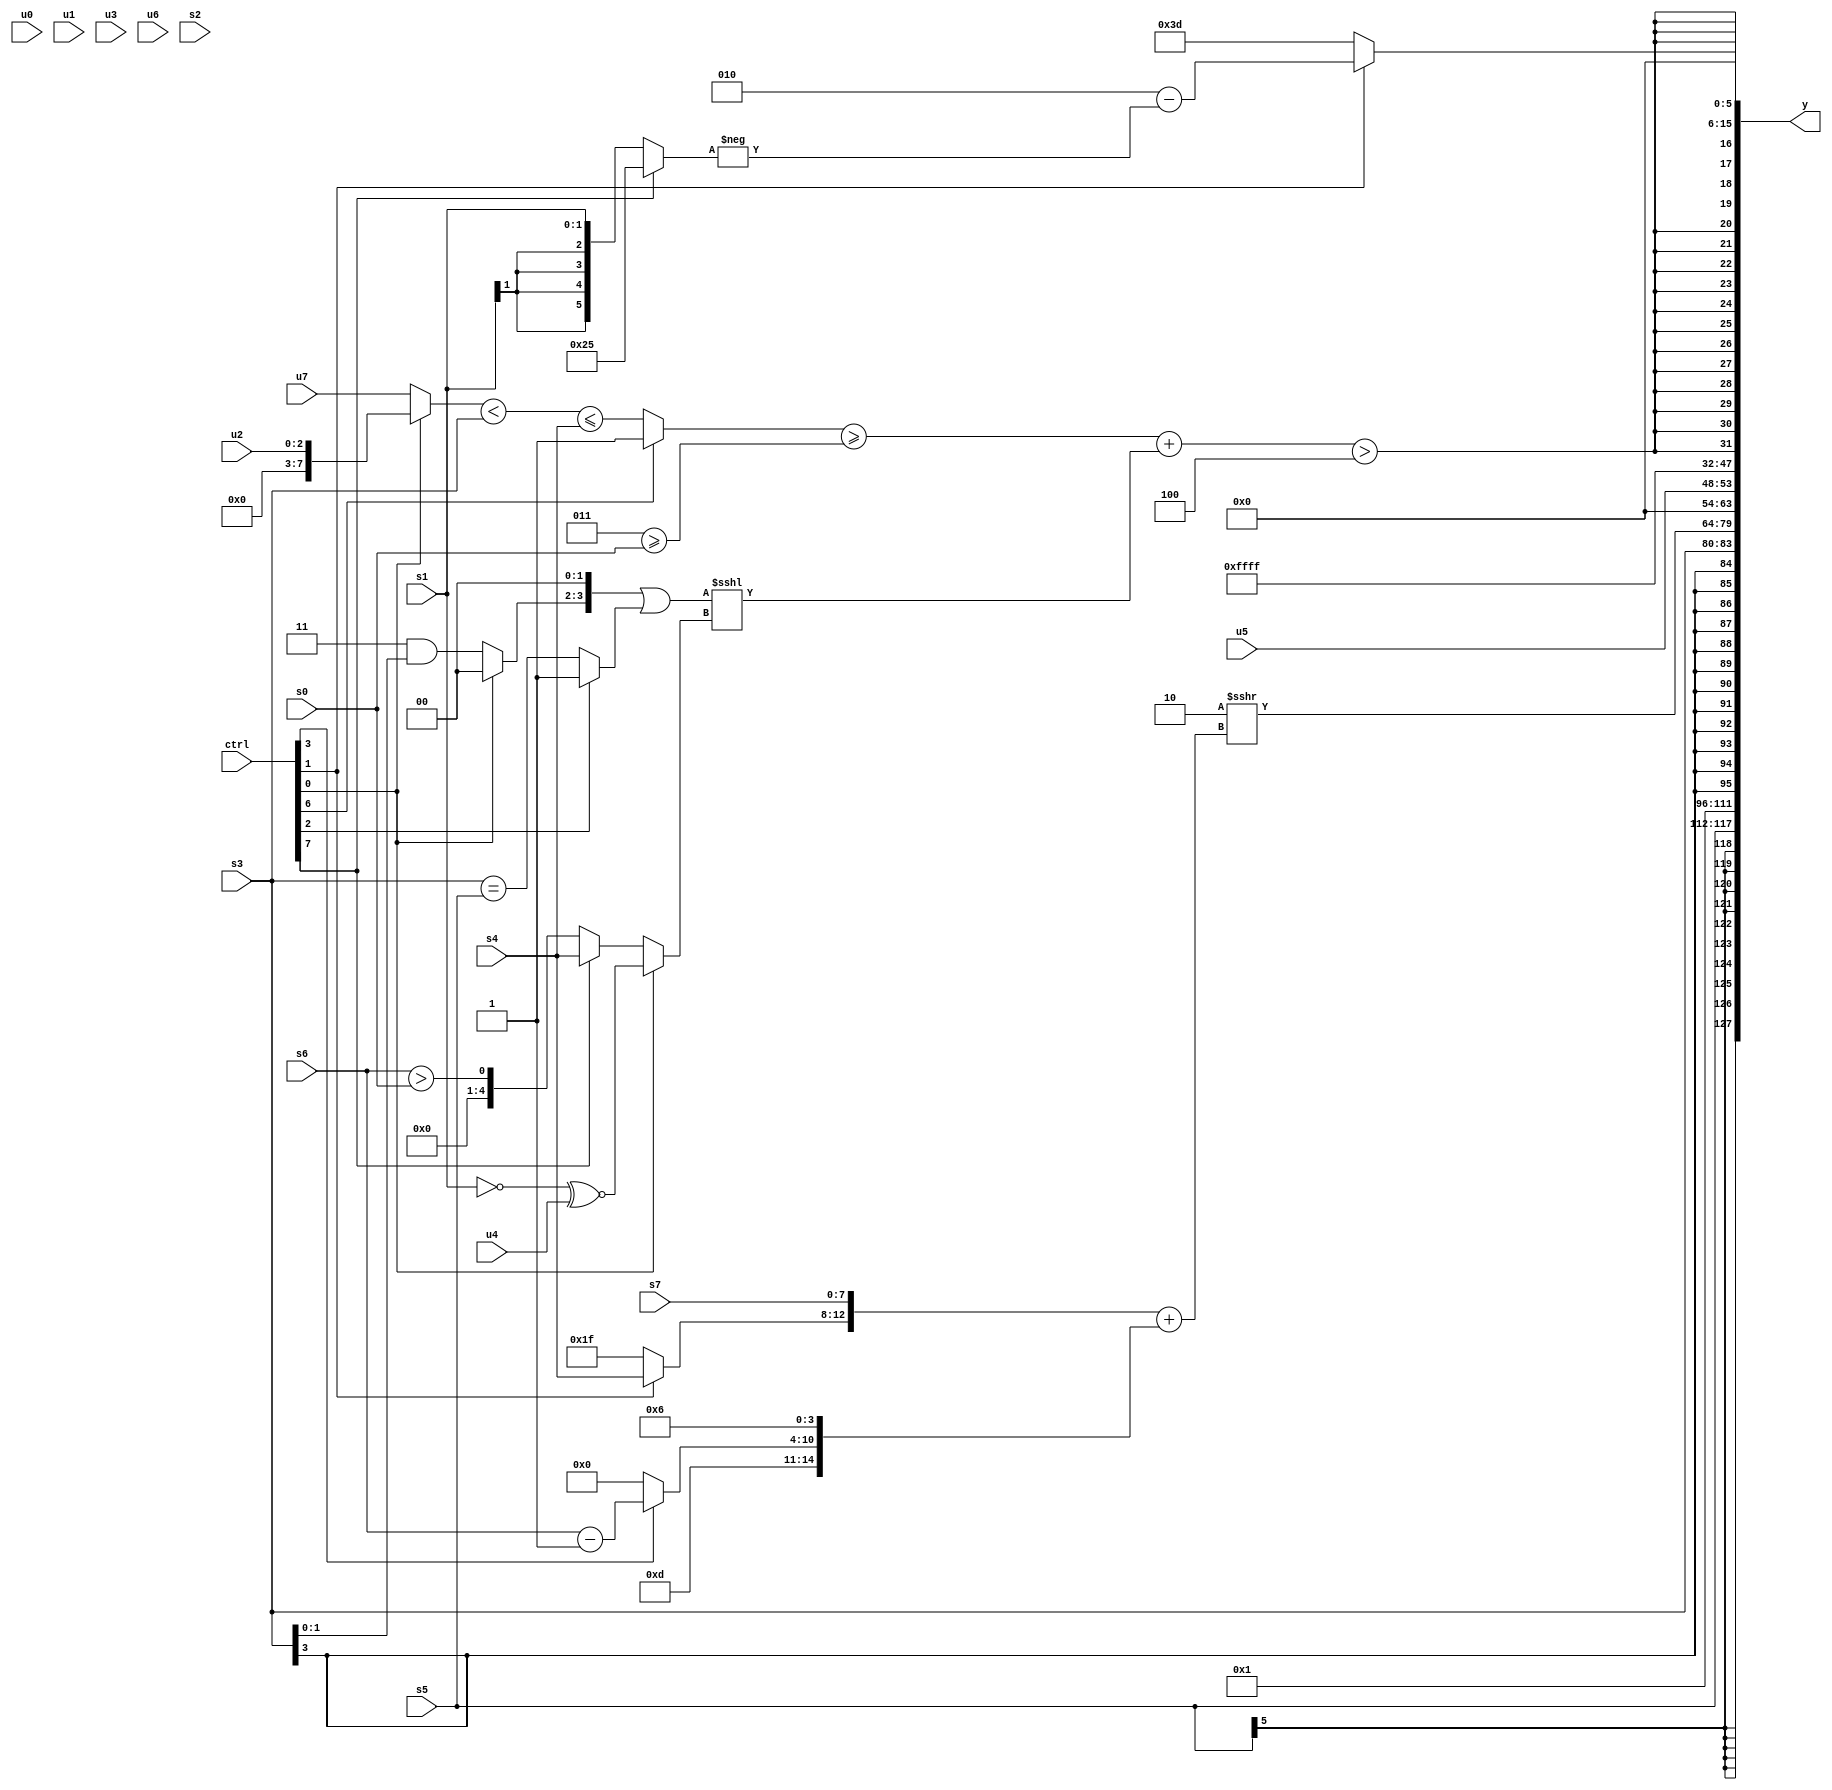
module wideexpr_00249(ctrl, u0, u1, u2, u3, u4, u5, u6, u7, s0, s1, s2, s3, s4, s5, s6, s7, y);
  input [7:0] ctrl;
  input [0:0] u0;
  input [1:0] u1;
  input [2:0] u2;
  input [3:0] u3;
  input [4:0] u4;
  input [5:0] u5;
  input [6:0] u6;
  input [7:0] u7;
  input signed [0:0] s0;
  input signed [1:0] s1;
  input signed [2:0] s2;
  input signed [3:0] s3;
  input signed [4:0] s4;
  input signed [5:0] s5;
  input signed [6:0] s6;
  input signed [7:0] s7;
  output [127:0] y;
  wire [15:0] y0;
  wire [15:0] y1;
  wire [15:0] y2;
  wire [15:0] y3;
  wire [15:0] y4;
  wire [15:0] y5;
  wire [15:0] y6;
  wire [15:0] y7;
  assign y = {y0,y1,y2,y3,y4,y5,y6,y7};
  assign y0 = s5;
  assign y1 = {1{$unsigned(~&($signed({(4'sb1010)>>>((3'sb100)<(2'sb01)),$signed((u2)&(6'b010010)),((ctrl[0]?s1:3'sb011))>=((3'sb001)|(s2))})))}};
  assign y2 = s3;
  assign y3 = (2'sb10)>>>(({(ctrl[1]?+($unsigned(s4)):5'sb11111),$signed(s7)})+({2'sb01,3'b101,$signed((ctrl[3]?(s6)-(5'sb11111):2'sb00)),4'sb0110}));
  assign y4 = u5;
  assign y5 = 1'sb1;
  assign y6 = $signed($signed(((((ctrl[6]?~^(2'sb11):(((ctrl[0]?u2:u7))<({1{s3}}))<=(s4)))>=((3'sb011)>=(s0)))+(((((ctrl[0]?3'b100:(3'b011)&(s3)))<<<($signed(3'sb010)))|($signed((ctrl[2]?~^(6'sb110011):(s3)==(s5)))))<<<((ctrl[0]?(!(s1))^~(u4):(ctrl[7]?$unsigned(s4):$unsigned((s6)>(s0)))))))>($unsigned(3'b100))));
  assign y7 = $unsigned((ctrl[1]?(5'sb00010)-(-((ctrl[7]?6'sb100101:s1))):3'sb101));
endmodule